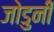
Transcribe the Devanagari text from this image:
जोडुनी